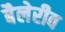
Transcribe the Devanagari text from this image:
बैलेरीव